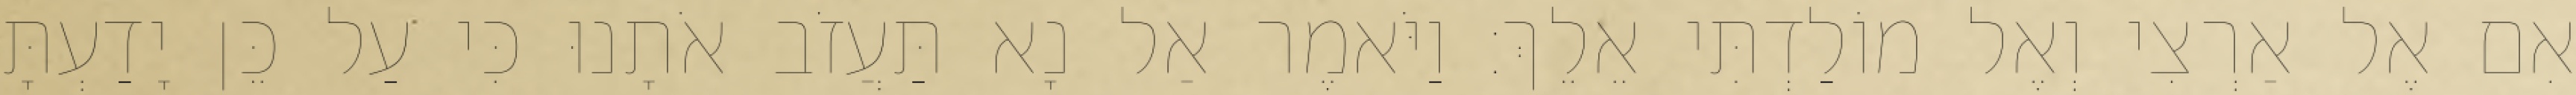
אִם אֶל אַרְצִי וְאֶל מוֹלַדְתִּי אֵלֵךְ׃ וַיֹּאמֶר אַל נָא תַּעֲזֹב אֹתָנוּ כִּי עַל כֵּן יָדַעְתָּ